Civil Veterinary Department ledger series I-VI
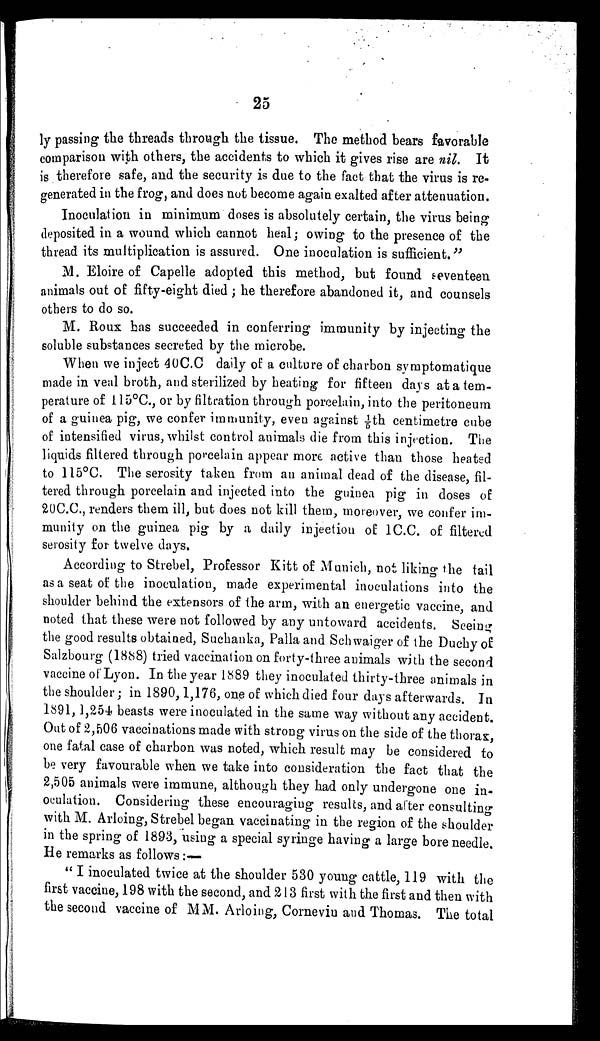
25
ly passing the threads through the tissue. The method bears favorable
comparison with others, the accidents to which it gives rise are nil. It
is therefore safe, and the security is due to the fact that the virus is re-
generated in the frog, and does not become again exalted after attenuation.
Inoculation in minimum doses is absolutely certain, the virus being
deposited in a wound which cannot heal; owing to the presence of the
thread its multiplication is assured. One inoculation is sufficient. "
M. Eloire of Capelle adopted this method, but found seventeen
animals out of fifty-eight died; he therefore abandoned it, and counsels
others to do so.
M. Roux has succeeded in conferring immunity by injecting the
soluble substances secreted by the microbe.
When we inject 40C.C daily of a culture of charbon symptomatique
made in veal broth, and sterilized by heating for fifteen days at a tem-
perature of 115°C., or by filtration through porcelain, into the peritoneum
of a guinea pig, we confer immunity, even against 1/5th centimetre cube
of intensified virus, whilst control animals die from this injection. The
liquids filtered through porcelain appear more active than those heated
to 115°C. The serosity taken from an animal dead of the disease, fil-
tered through porcelain and injected into the guinea pig in doses of
20C.C., renders them ill, but does not kill them, moreover, we confer im-
munity on the guinea pig by a daily injection of 1C.C. of filtered
serosity for twelve days.
According to Strebel, Professor Kitt of Munich, not liking the tail
as a seat of the inoculation, made experimental inoculations into the
shoulder behind the extensors of the arm, with an energetic vaccine, and
noted that these were not followed by any untoward accidents. Seeing
the good results obtained, Suchanka, Palla and Schwaiger of the Duchy of
Salzbourg (1888) tried vaccination on forty-three animals with the second
vaccine of Lyon. In the year 1889 they inoculated thirty-three animals in
the shoulder ; in 1890, 1,176, one of which died four days afterwards. In
1891, 1,254 beasts were inoculated in the same way without any accident.
Out of 2,506 vaccinations made with strong virus on the side of the thorax,
one fatal case of charbon was noted, which result may be considered to
be very favourable when we take into consideration the fact that the
2,505 animals were immune, although they had only undergone one in-
oculation. Considering these encouraging results, and after consulting
with M. Arloing, Strebel began vaccinating in the region of the shoulder
in the spring of 1893, using a special syringe having a large bore needle.
He remarks as follows :—
" I inoculated twice at the shoulder 530 young cattle, 119 with the
first vaccine, 198 with the second, and 213 first with the first and then with
the second vaccine of MM. Arloing, Cornevin and Thomas. The total